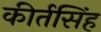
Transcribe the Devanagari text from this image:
कीर्तसिंह